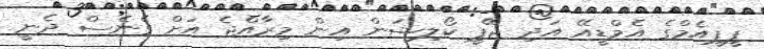
ޕީޕީއެމްގެ އެމްޑީއޭ އަދި ޖޭޕީ ކޯލިޝަން އިން މިރާއްޖެ އަށް ގެނެސް ދެނީ